Annual report on the working of the lock hospitals in the Central Provinces
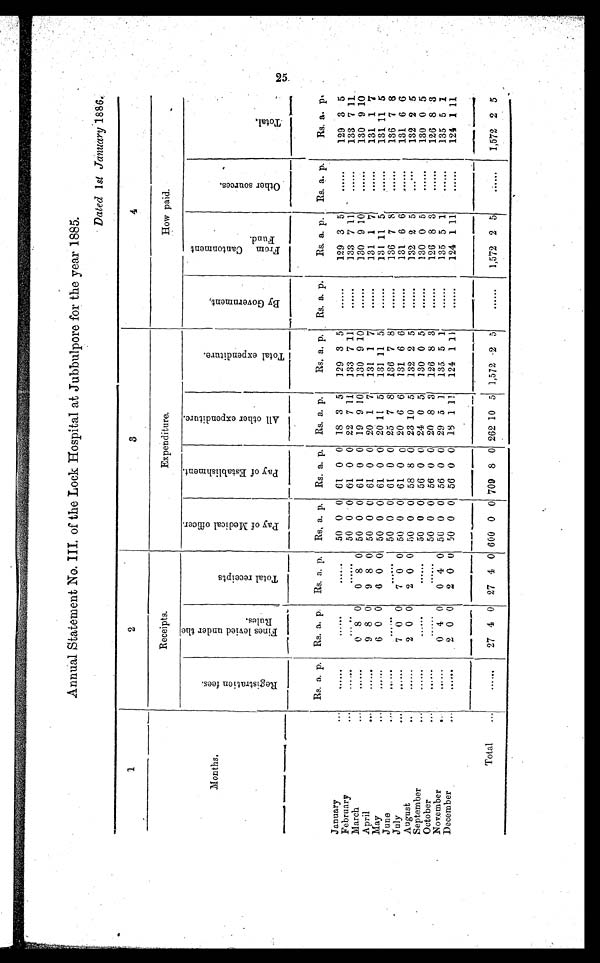
Annual Statement No. III, of the Lock Hospital at Jubbulpore for the year 1885.
1
2
3
4
Receipts.
Expenditure.
How paid.
Months,
R e g i s t r a t i o n f e e s .
F i n e s l e v i e d u n d e r t h e R u l e s.
T o t a l r e c e i p t s P a y o f M e d i c a l o f f i c e r .
P a y o f E s t a b l i s h m e n t .
A l l o t h e r e x p e n d i t u r e .
T o t a l E x p e n d i t u r e .
B y G o v e r n m e n t .
F r o m C a n t o n m e n t F u n d
.
O t h e r s o u r c e s
.
T o t a l .
Rs. a. p. Rs. a. p. Rs. a. p. Rs. a. p. Rs. a. p. Rs. a. p.
Rs. a. p. Rs. a. p.
Rs. a. p. Rs. a. p.
Rs. a p.
January
. . . ......
. . . . . .
. . . . . . 50 0 0 61 0 0 18 3 5 129 3 5
......
129 3 5
......
129 3 5
February
. . .
. . . . . .
. . . . . .
. . . . . . 50 0 0 61 0 0 22 7 1 1 133 7 11
......
133 7 11
......
133 7 11
March
. . .
. . . . . . 0 8 0 0 8 0 50 0 0 61 0 0 19 9 10 130 9 10
......
130 9 10
......
130 9 10
April
. . .
. . . . . . 9 8 0 9 8 0 50 0 0 61 0 0 20 1 7 131 1 7
......
131 1 7
......
131 1 7
M a y
. . .
. . . . . . 6 0 0 6 0 0 50 0 0 61 0 0 20 11 5 131 11 5
......
131 11 5
......
131 1 1 5
June
. . .
. . . . . .
. . . . . .
. . . . . . 5 0 0 0 61 0 0 25 7 8 136 7 8
......
136 7 8
. . . . . . 136 7 8
July
. . .
. . . . . . 7 0 0 7 0 0 50 0 0 61 0 0 20 6 6 131 6 6
. . . . . . 131 6 6
......
131 6 6
August
...
......
2 0 0 2 0 0 50 0 0 58 8 0 23 10 5 132 2 5
......
132 2 5
......
132 2 5
September
. . .
......
. . . . . .
. . . . . .
5 0 0 0 56 0 0 24 0 5 130 0 5
......
130 0 5
......
130 0 5
October
. . .
. . . . . . ......
......
50 0 0 56 0 0 20 8 3 126 8 3
......
126 8 3
......
126 8 3
November
...
...... 0 4 0 0 4 0 50 0 0 56 0 0 29 5 1 135 5 1
......
135 5 1
......
135 5 1
December
. . .
. . . . . .
2 0 0 2 0 0 50 0 0 56 0 0 18 1 11 124 1 11
......
124 1 11
......
124 1 11
Total
...
......
27 4 0 27 4 0 600 0 0 709 8 0 262 10 5 1,572 2 5
......
1,572 2 5
. . . . . . 1,572 2 5